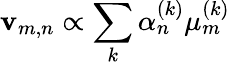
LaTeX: \mathbf{v}_{m,n}\propto\sum_{k}\alpha_{n}^{(k)}\mu_{m}^{(k)}